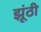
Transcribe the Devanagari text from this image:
झूंठी